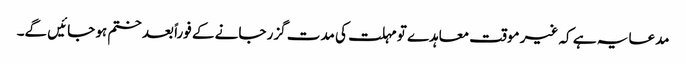
مدعا یہ ہے کہ غیر موقت معاہدے تو مہلت کی مدت گزر جانے کے فوراً بعد ختم ہو جائیں گے۔